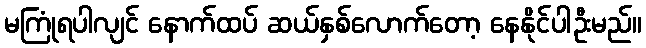
မကြုံရပါလျင် နောက်ထပ် ဆယ်နှစ်လောက်တော့ နေနိုင်ပါဦးမည်။